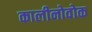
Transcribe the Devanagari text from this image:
कालीनोवोक